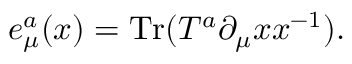
e _ { \mu } ^ { a } ( x ) = \mathrm { T r } ( T ^ { a } \partial _ { \mu } x x ^ { - 1 } ) .